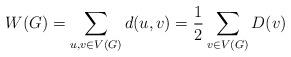
LaTeX: \begin{align*}W(G) = \sum\limits_{u,v\in V(G)} d(u,v) =\frac{1}{2}\sum\limits_{v \in V(G)}{D(v)}\end{align*}